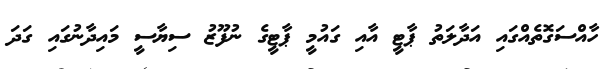
ހާއްސަގޮތެއްގައި އަދާލަތު ޕާޓީ އާއި ގައުމީ ޕާޓީގެ ނުފޫޒު ސިޔާސީ މައިދާނުގައި ގަދަ